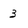
Character: 3